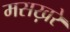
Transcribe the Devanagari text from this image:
मसख़रे